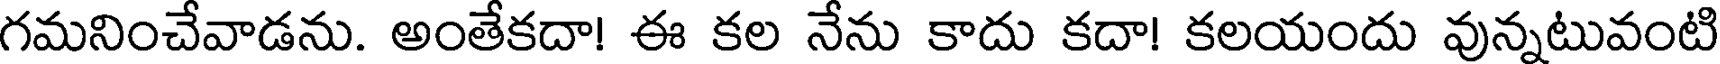
గమనించేవాడను. అంతేకదా! ఈ కల నేను కాదు కదా! కలయందు వున్నటువంటి